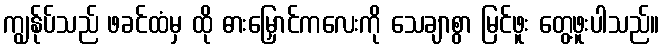
ကျွန်ုပ်သည် ဖခင်ထံမှ ထို ဓားမြှောင်ကလေးကို သေချာစွာ မြင်ဖူး တွေ့ဖူးပါသည်။